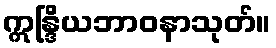
ဣန္ဒြိယဘာဝနာသုတ်။